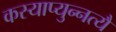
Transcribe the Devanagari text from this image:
कस्याप्युन्नत्यै